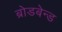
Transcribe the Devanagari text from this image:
ब्रोडबेन्ड